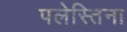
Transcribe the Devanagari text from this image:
पलेस्तिना